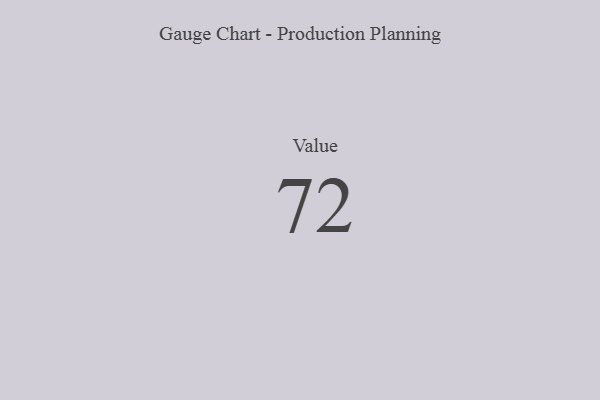
{"axis": {"x": "Metric", "y": "Value"}, "legend": [""], "data": [{"x": "Value", "y": 72, "type": ""}]}